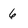
Character: 6